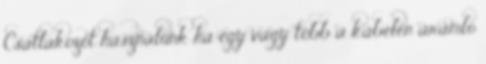
Csatlakozót használunk ha egy vagy több a kábelen áramló